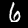
Label: 6